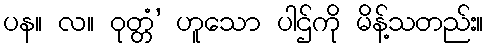
ပန။ လ။ ဝုတ္တံ’ ဟူသော ပါဌ်ကို မိန့်သတည်း။